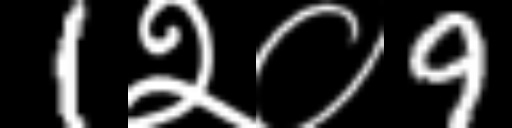
Text: 1२०9